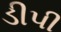
ડીપી